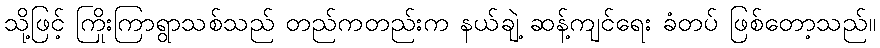
သို့ဖြင့် ကြိုးကြာရွာသစ်သည် တည်ကတည်းက နယ်ချဲ့ ဆန့်ကျင်ရေး ခံတပ် ဖြစ်တော့သည်။